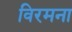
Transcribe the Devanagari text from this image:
विरमना